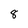
Character: 8